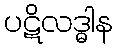
ပဋိလဒ္ဓါန